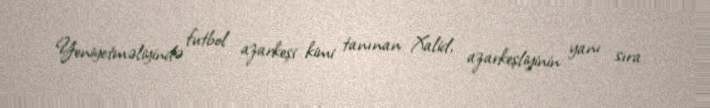
Yeniyetməliyində futbol azarkeşi kimi tanınan Xalid, azarkeşliyinin yanı sıra